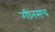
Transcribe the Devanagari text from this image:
गीतसंच